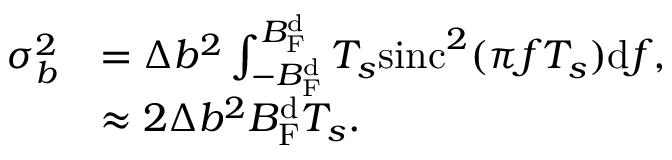
\begin{array} { r l } { \sigma _ { b } ^ { 2 } } & { = \Delta b ^ { 2 } \int _ { - B _ { \mathrm { F } } ^ { \mathrm { d } } } ^ { B _ { \mathrm { F } } ^ { \mathrm { d } } } T _ { s } \mathrm { s i n c } ^ { 2 } ( \pi f T _ { s } ) \mathrm { d } f , } \\ & { \approx 2 \Delta b ^ { 2 } B _ { \mathrm { F } } ^ { \mathrm { d } } T _ { s } . } \end{array}